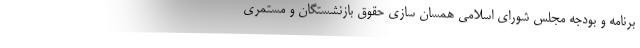
برنامه و بودجه مجلس شورای اسلامی همسان سازی حقوق بازنشستگان و مستمری